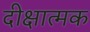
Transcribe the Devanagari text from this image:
दीक्षात्मक